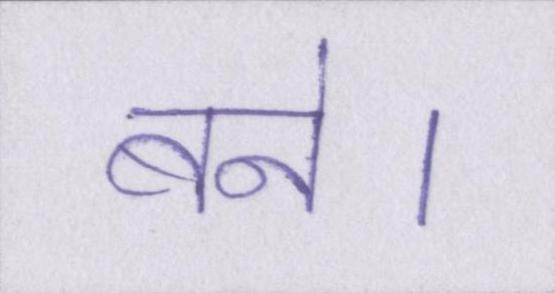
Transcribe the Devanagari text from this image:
बने।